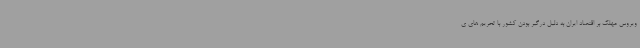
ویروس مهلک بر اقتصاد ایران به دلیل درگیر بودن کشور با تحریم های ی